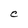
Character: C